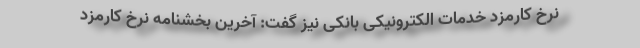
نرخ کارمزد خدمات الکترونیکی بانکی نیز گفت: آخرین بخشنامه نرخ کارمزد